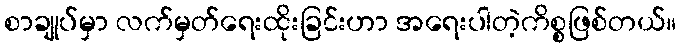
စာချုပ်မှာ လက်မှတ်ရေးထိုးခြင်းဟာ အရေးပါတဲ့ကိစ္စဖြစ်တယ်။